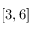
[ 3 , 6 ]